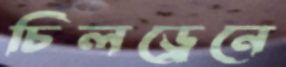
চিলড্রেনে